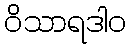
ဝိသာရဒါဝ